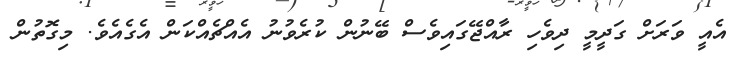
އެއީ ވަރަށް ގަދީމީ ދިވެހި ރާއްޖޭގައިވެސް ބޭނުން ކުރެވުނު އެއްޗެއްކަން އެގެއެވެ. މިގޮތުން